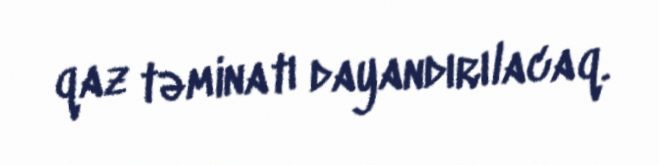
qaz təminatı dayandırılacaq.